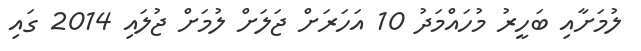
ލުމަށާއި ބަހީރު މުހައްމަދު 10 އަހަރަށް ޖަލަށް ލުމަށް ޖުލައި 2014 ގައި